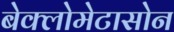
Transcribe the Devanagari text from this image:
बेक्लोमेटासोन